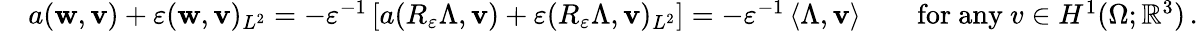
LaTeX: \begin{array}{rl}&{a({\mathbf w},{\mathbf v})+\varepsilon({\mathbf w},{\mathbf v})_{L^{2}}=-\varepsilon^{-1}\left[a(R_{\varepsilon}\Lambda,{\mathbf v})+\varepsilon(R_{\varepsilon}\Lambda,{\mathbf v})_{L^{2}}\right]=-\varepsilon^{-1}\, \langle\Lambda,{\mathbf v}\rangle\qquad\mathrm{for~any~}v\in H^{1}(\Omega;\mathbb{R}^{3})\, .}\end{array}